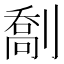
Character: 𫦙